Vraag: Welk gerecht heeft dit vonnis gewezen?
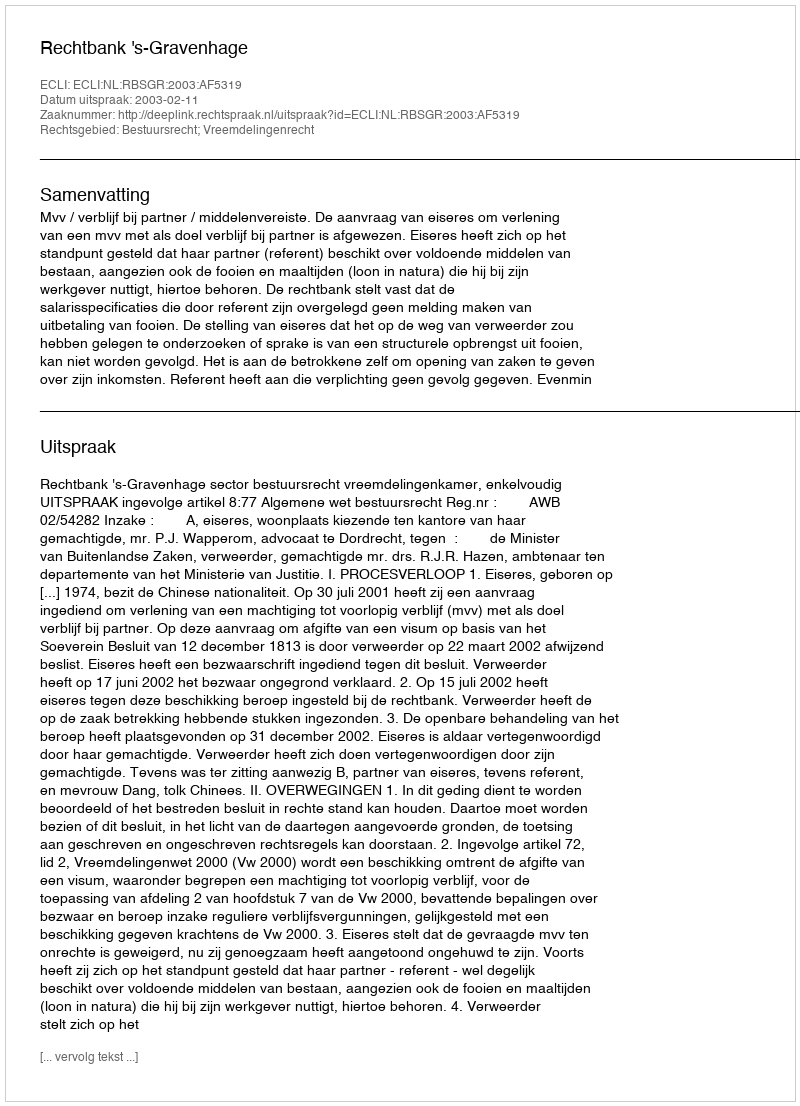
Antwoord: Rechtbank 's-Gravenhage